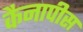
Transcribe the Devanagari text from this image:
कैनापीस